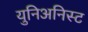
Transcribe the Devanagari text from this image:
युनिअनिस्ट